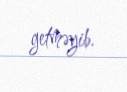
getməyib.